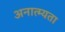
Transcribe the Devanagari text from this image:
अनात्म्यता